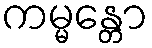
ကမ္မန္တော